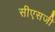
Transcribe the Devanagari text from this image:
सीएसजी